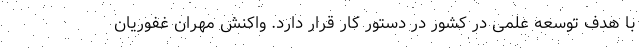
با هدف توسعه علمی در کشور در دستور کار قرار دارد. واکنش مهران غفوریان